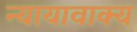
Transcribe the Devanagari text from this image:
न्यायावाक्य